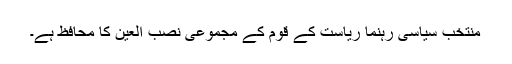
منتخب سیاسی رہنما ریاست کے قوم کے مجموعی نصب العین کا محافظ ہے۔